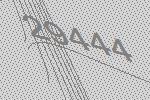
29444